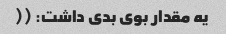
یه مقدار بوی بدی داشت: ((